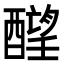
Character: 𬪶